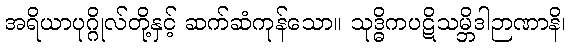
အရိယာပုဂ္ဂိုလ်တို့နှင့် ဆက်ဆံကုန်သော။ သုဒ္ဓိကပဋိသမ္ဘိဒါဉာဏာနိ၊